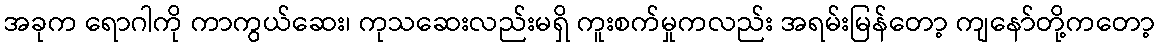
အခုက ရောဂါကို ကာကွယ်ဆေး၊ ကုသဆေးလည်းမရှိ ကူးစက်မှုကလည်း အရမ်းမြန်တော့ ကျနော်တို့ကတော့